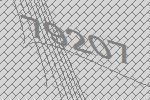
79207